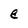
Character: e